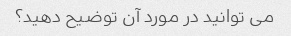
می توانید در مورد آن توضیح دهید؟